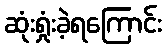
ဆုံးရှုံးခဲ့ရကြောင်း